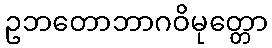
ဥဘတောဘာဂဝိမုတ္တော